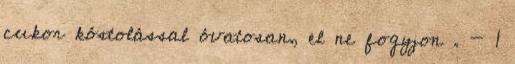
cukor kóstolással óvatosan, el ne fogyjon . - 1